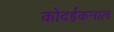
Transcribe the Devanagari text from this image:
कोदईकनाल